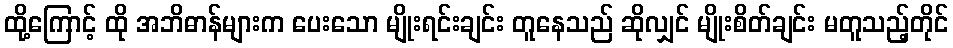
ထို့ကြောင့် ထို အဘိဓာန်များက ပေးသော မျိုးရင်းချင်း တူနေသည် ဆိုလျှင် မျိုးစိတ်ချင်း မတူသည့်တိုင်